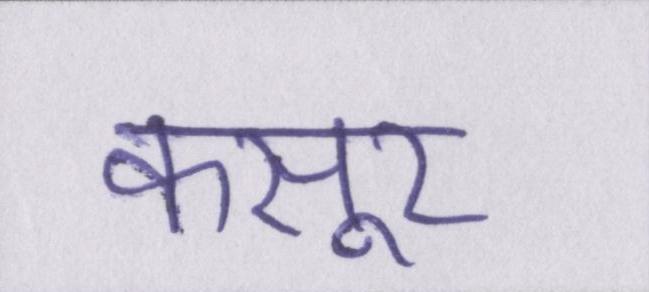
कसूर